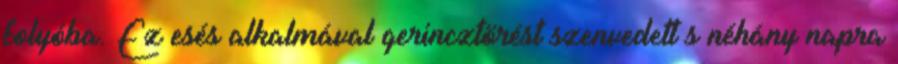
folyóba. Ez esés alkalmával gerincztörést szenvedett s néhány napra